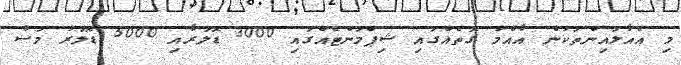
މި އެއާލައިންތަކުން އާއްމު ގޮތެއްގައި ޝިޕްމަންޓެއްގައި 3000 ޑޮލަރާއި 5000 ޑޮލަރު މަސް